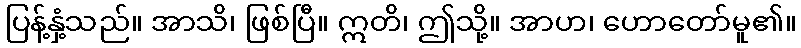
ပြန့်နှံ့သည်။ အာသိ၊ ဖြစ်ပြီ။ ဣတိ၊ ဤသို့။ အာဟ၊ ဟောတော်မူ၏။